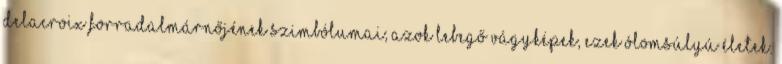
Delacroix forradalmárnőjének szimbólumai; azok lebegő vágyképek, ezek ólomsúlyú életek.